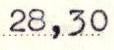
28,30